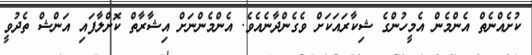
ކުށެއްނެތް އެންމެން އެމީހުންގެ ޝިކާރައަކަށް ވެގެންދާނެއެވެ. އެންމެންނަށް އިޝާރާތް ކޮށްލާފައި އަންޝް ތެދުވީ